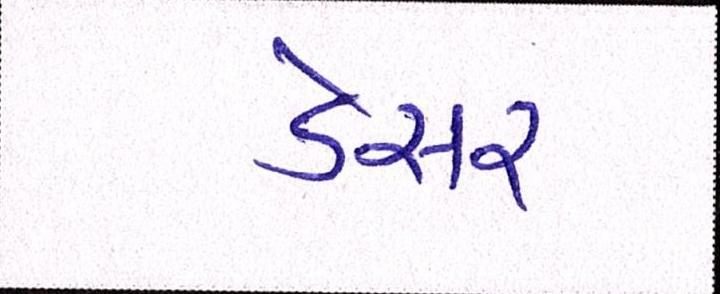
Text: ડેસર